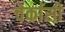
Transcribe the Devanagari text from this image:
चेर्कासी